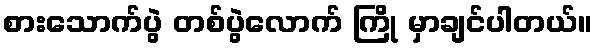
စားသောက်ပွဲ တစ်ပွဲလောက် ကြို မှာချင်ပါတယ်။